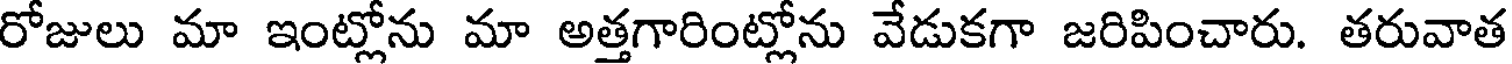
రోజులు మా ఇంట్లోను మా అత్తగారింట్లోను వేడుకగా జరిపించారు. తరువాత